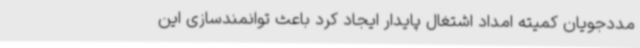
مددجویان کمیته امداد اشتغال پایدار ایجاد کرد باعث توانمندسازی این